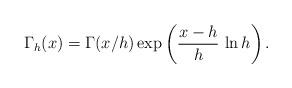
LaTeX: \begin{align*}\Gamma_h(x) = \Gamma(x/h)\exp\left({x-h\over h}\,\ln h\right). \end{align*}